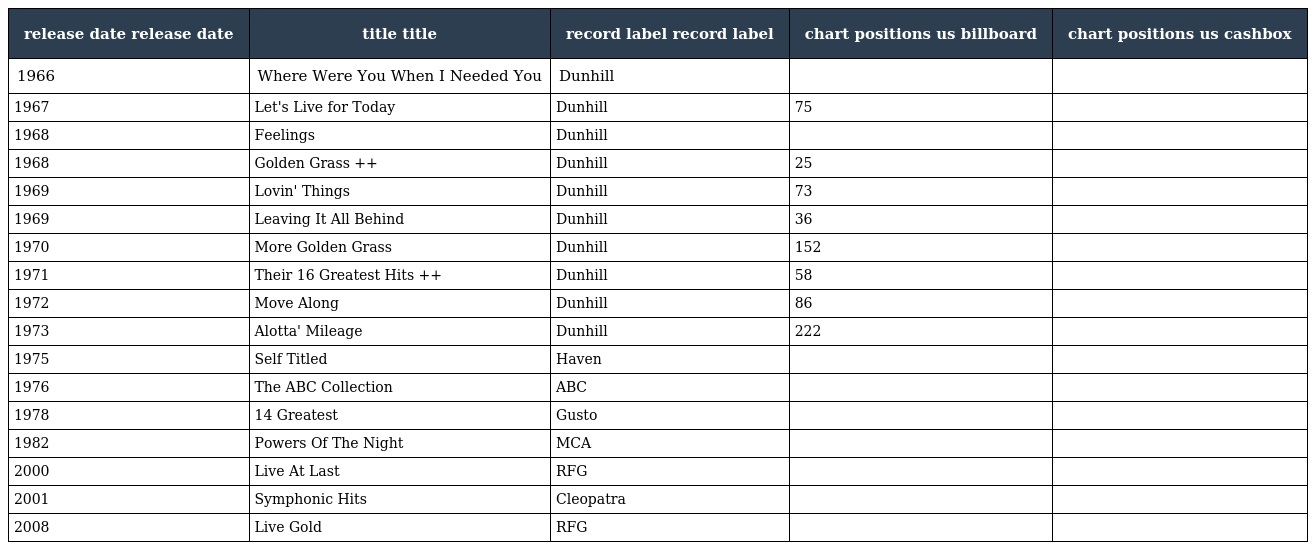
| release date release date | title title | record label record label | chart positions us billboard | chart positions us cashbox |
 | --- | --- | --- | --- | --- |
 | 1966 | Where Were You When I Needed You | Dunhill |  |  |
 | 1967 | Let's Live for Today | Dunhill | 75 |  |
 | 1968 | Feelings | Dunhill |  |  |
 | 1968 | Golden Grass ++ | Dunhill | 25 |  |
 | 1969 | Lovin' Things | Dunhill | 73 |  |
 | 1969 | Leaving It All Behind | Dunhill | 36 |  |
 | 1970 | More Golden Grass | Dunhill | 152 |  |
 | 1971 | Their 16 Greatest Hits ++ | Dunhill | 58 |  |
 | 1972 | Move Along | Dunhill | 86 |  |
 | 1973 | Alotta' Mileage | Dunhill | 222 |  |
 | 1975 | Self Titled | Haven |  |  |
 | 1976 | The ABC Collection | ABC |  |  |
 | 1978 | 14 Greatest | Gusto |  |  |
 | 1982 | Powers Of The Night | MCA |  |  |
 | 2000 | Live At Last | RFG |  |  |
 | 2001 | Symphonic Hits | Cleopatra |  |  |
 | 2008 | Live Gold | RFG |  |  |